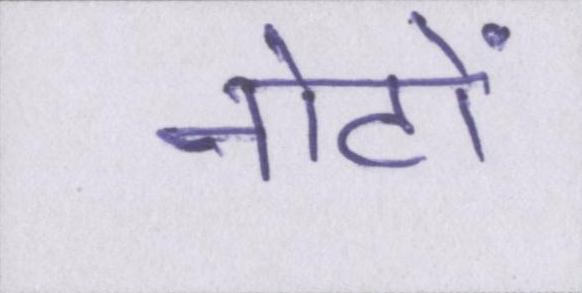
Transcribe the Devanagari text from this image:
नोटों